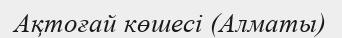
Ақтоғай көшесі (Алматы)